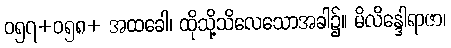
ဝ၅၇+ဝ၅၈+ အထခေါ၊ ထိုသို့သိလေသောအခါ၌။ မိလိန္ဒေါရာဇာ၊